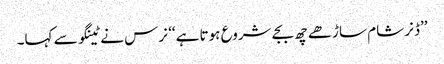
’’ڈنر شام ساڑھے چھ بجے شروع ہوتا ہے‘‘ نرس نے ٹینگو سے کہا۔